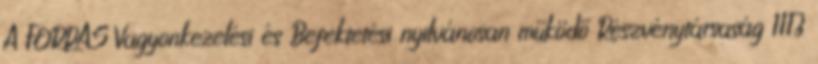
A FORRÁS Vagyonkezelési és Befektetési nyilvánosan működő Részvénytársaság 1113